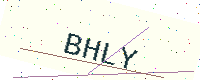
Text: BHLY